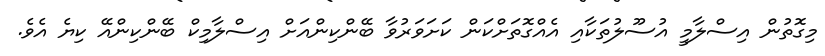
މިގޮތުން އިސްލާމީ އުސޫލުތަކާއި އެއްގޮތަށްކަން ކަށަވަރުވާ ބޭންކިންއަށް އިސްލާމިކް ބޭންކިންއޭ ކިޔެ އެވެ.